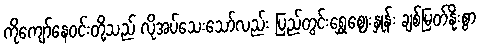
ကိုကျော်နေဝင်းတို့သည် လိုအပ်သေးသော်လည်း ပြည်တွင်းရွှေဈေးနှုန်း ချစ်မြတ်နိုးစွာ